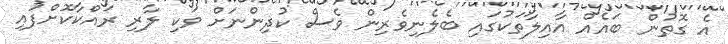
އެ ގޮތުން ބައެއް އާއިލާތަކުގައި ބެލެނިވެރިން ވެސް ކުދިންނަށް ވަކި ލާރި ރައްކާކޮށްފައި